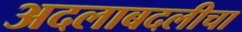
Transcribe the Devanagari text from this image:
अदलाबदलीचा